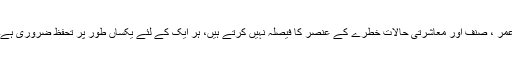
عمر ، صنف اور معاشرتی حالات خطرے کے عنصر کا فیصلہ نہیں کرتے ہیں، ہر ایک کے لئے یکساں طور پر تحفظ ضروری ہے۔